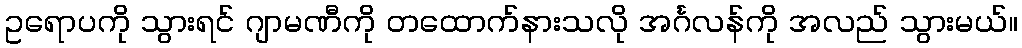
ဥရောပကို သွားရင် ဂျာမဏီကို တထောက်နားသလို အင်္ဂလန်ကို အလည် သွားမယ်။